Senior Leaving Certificate Examination (including Day School Certificate (Higher) General paper), 1947
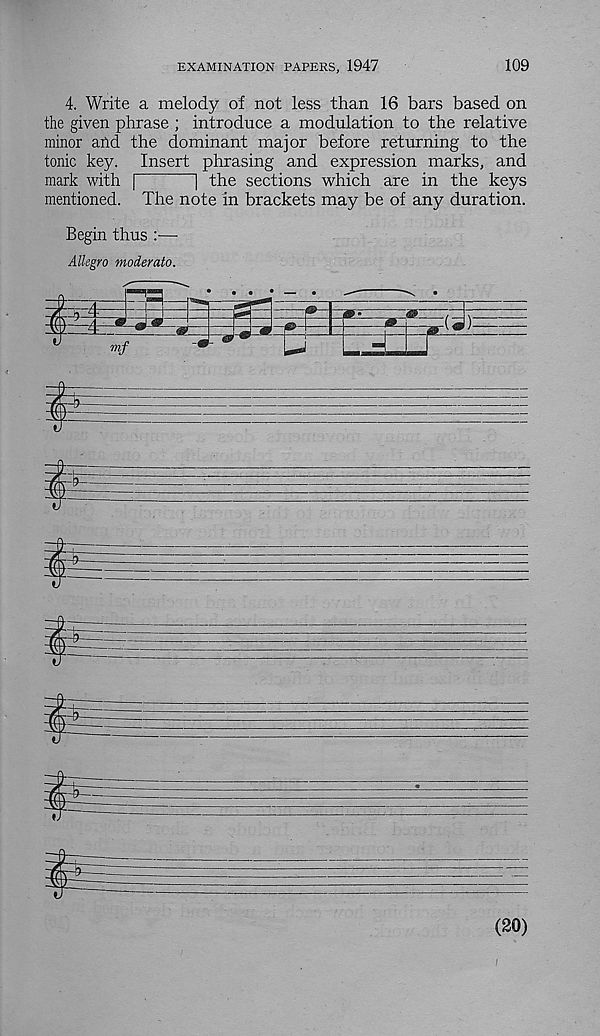
EXAMINATION PAPERS, 1947
109
4. Write a melody of not less than 16 bars based on
the given phrase ; introduce a modulation to the relative
minor afid the dominant major before returning to the
tonic key. Insert phrasing and expression marks, and
mark with |
| the sections which are in the keys
mentioned. The note in brackets may be of any duration.
Begin thus :—
Allegro moderato.
il
(20)